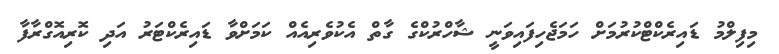
މިފިލްމު ޑައިރެކްޓްކުރުމަށް ހަމަޖެހިފައިވަނީ ޝާހްރުކްގެ ގާތް އެކުވެރިއެއް ކަމަށްވާ ޑައިރެކްޓަރު އަދި ކޮރިއޮގްރާފާ